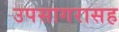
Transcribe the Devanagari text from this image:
उपसागरासह